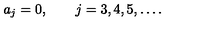
a _ { j } = 0 , \qquad j = 3 , 4 , 5 , \dots { . }